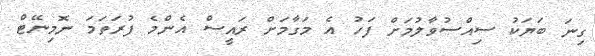
ގިނަ ބަޔަކު ސިއްސުވާލުމަށް ފަހު އެ މަގާމަށް ރައީސް އެންމެ ފުރަތަމަ ނޮމިނޭޓް